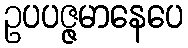
ဥပပဇ္ဇမာနေပေ